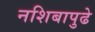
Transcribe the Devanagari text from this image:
नशिबापुढे